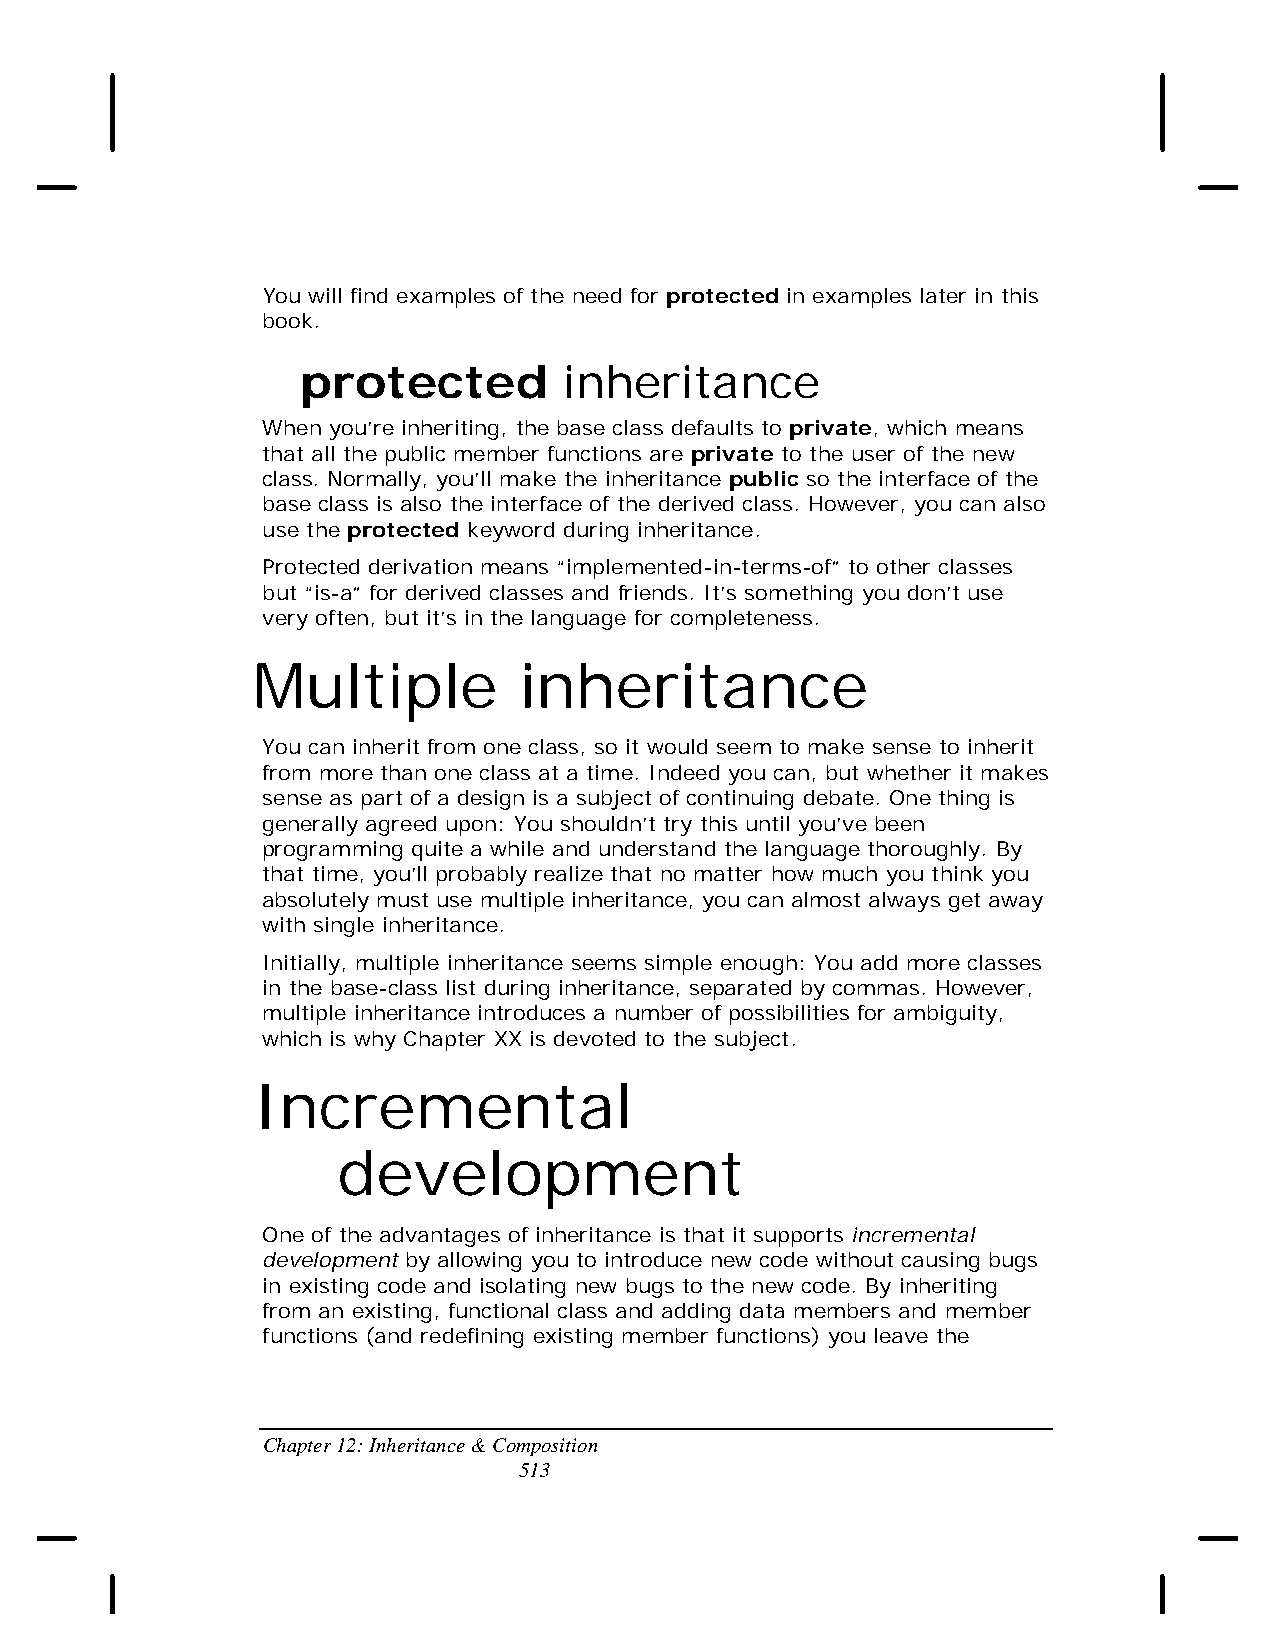
You will find examples of the need for protected in examples later in this
 book.
 protected        inheritance
 When you’re inheriting, the base class defaults to private, which means
 that all the public member functions are private to the user of the new
 class. Normally, you’ll make the inheritance public so the interface of the
 base class is also the interface of the derived class. However, you can also
 use the protected keyword during inheritance.
 Protected derivation means “implemented-in-terms-of” to other classes
 but “is-a” for derived classes and friends. It’s something you don’t use
 very often, but it’s in the language for completeness.
 Multiple         inheritance
 You can inherit from one class, so it would seem to make sense to inherit
 from more than one class at a time. Indeed you can, but whether it makes
 sense as part of a design is a subject of continuing debate. One thing is
 generally agreed upon: You shouldn’t try this until you’ve been
 programming quite a while and understand the language thoroughly. By
 that time, you’ll probably realize that no matter how much you think you
 absolutely must use multiple inheritance, you can almost always get away
 with single inheritance.
 Initially, multiple inheritance seems simple enough: You add more classes
 in the base-class list during inheritance, separated by commas. However,
 multiple inheritance introduces a number of possibilities for ambiguity,
 which is why Chapter XX is devoted to the subject.
 Incremental
 development
 One of the advantages of inheritance is that it supports incremental
 development by allowing you to introduce new code without causing bugs
 in existing code and isolating new bugs to the new code. By inheriting
 from an existing, functional class and adding data members and member
 functions (and redefining existing member functions) you leave the
 Chapter 12: Inheritance & Composition
 513